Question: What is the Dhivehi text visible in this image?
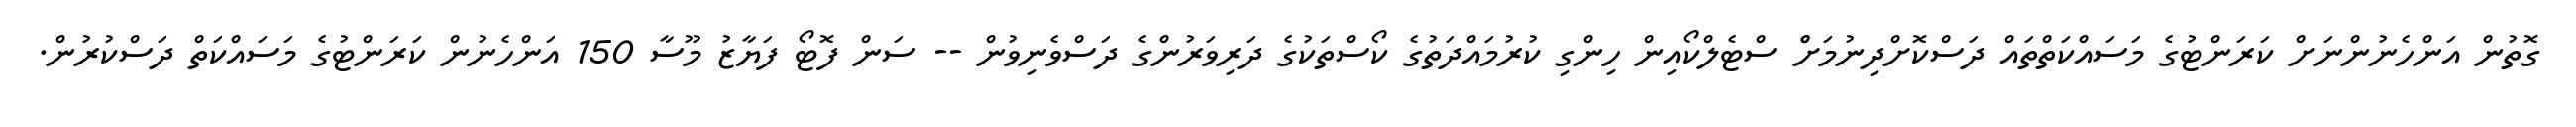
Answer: ގޮތުން އަންހެނުންނަށް ކަރަންޓުގެ މަސައްކަތްތައް ދަސްކޮށްދިނުމަށްް ސްޓެލްކޯއިން ހިންގި ކުރުމައްދަތުގެ ކޯސްތަކުގެ ދަރިވަރުންގެ ދަސްވެނިވުން -- ސަން ފޮޓޯ ފަޔާޒު މޫސާ 150 އަންހެނުން ކަރަންޓުގެ މަސައްކަތް ދަސްކުރުން.